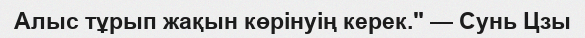
Алыс тұрып жақын көрінуің керек." — Сунь Цзы